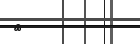
٤